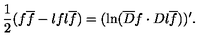
{ \frac { 1 } { 2 } } ( f \overline { f } - \l { f } { } \l { \overline { f } } { } ) = ( \ln ( \overline { D } f \cdot D \l { \overline { f } } { } ) ) ^ { \prime } .